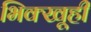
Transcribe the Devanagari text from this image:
भिक्खूही